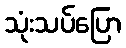
သုံးသပ်ပြော